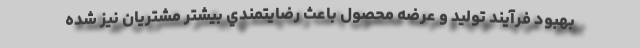
بهبود فرآيند توليد و عرضه محصول باعث رضايتمندي بيشتر مشتريان نيز شده